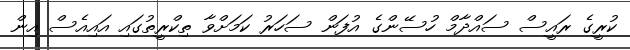
ކުރީގެ ރައީސް ސައްދާމް ހުސޭންގެ އުފަން ސަހަރު ކަމަށްވާ ތިކްރީތުގައި އައިއެސް އިން